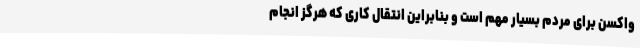
واکسن برای مردم بسیار مهم است و بنابراین انتقال کاری که هرگز انجام